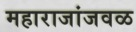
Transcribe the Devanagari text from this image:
महाराजांजवळ